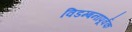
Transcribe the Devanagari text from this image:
विडम्बनापूर्वक